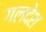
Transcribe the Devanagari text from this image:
गलदेश